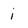
Character: i